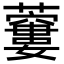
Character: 𧂜